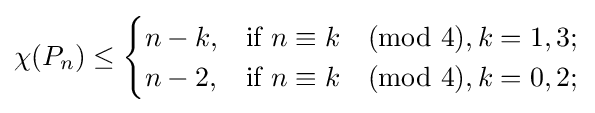
\chi (P_{n})\leq {\begin{cases}n-k,&{\text{if }}n\equiv k{\pmod {4}},k=1,3;\\n-2,&{\text{if }}n\equiv k{\pmod {4}},k=0,2;\end{cases}}